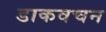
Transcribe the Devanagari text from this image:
डाकवचन